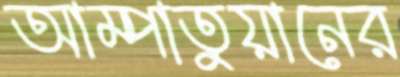
আম্পাতুয়ানের